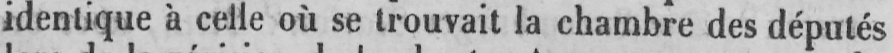
identique à celle où se trouvait la chambre des députés